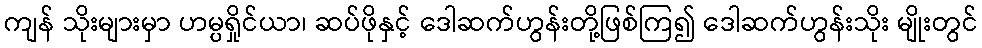
ကျန် သိုးများမှာ ဟမ္ပရှိုင်ယာ၊ ဆပ်ဖိုနှင့် ဒေါဆက်ဟွန်းတို့ဖြစ်ကြ၍ ဒေါဆက်ဟွန်းသိုး မျိုးတွင်